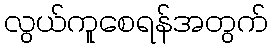
လွယ်ကူစေရန်အတွက်